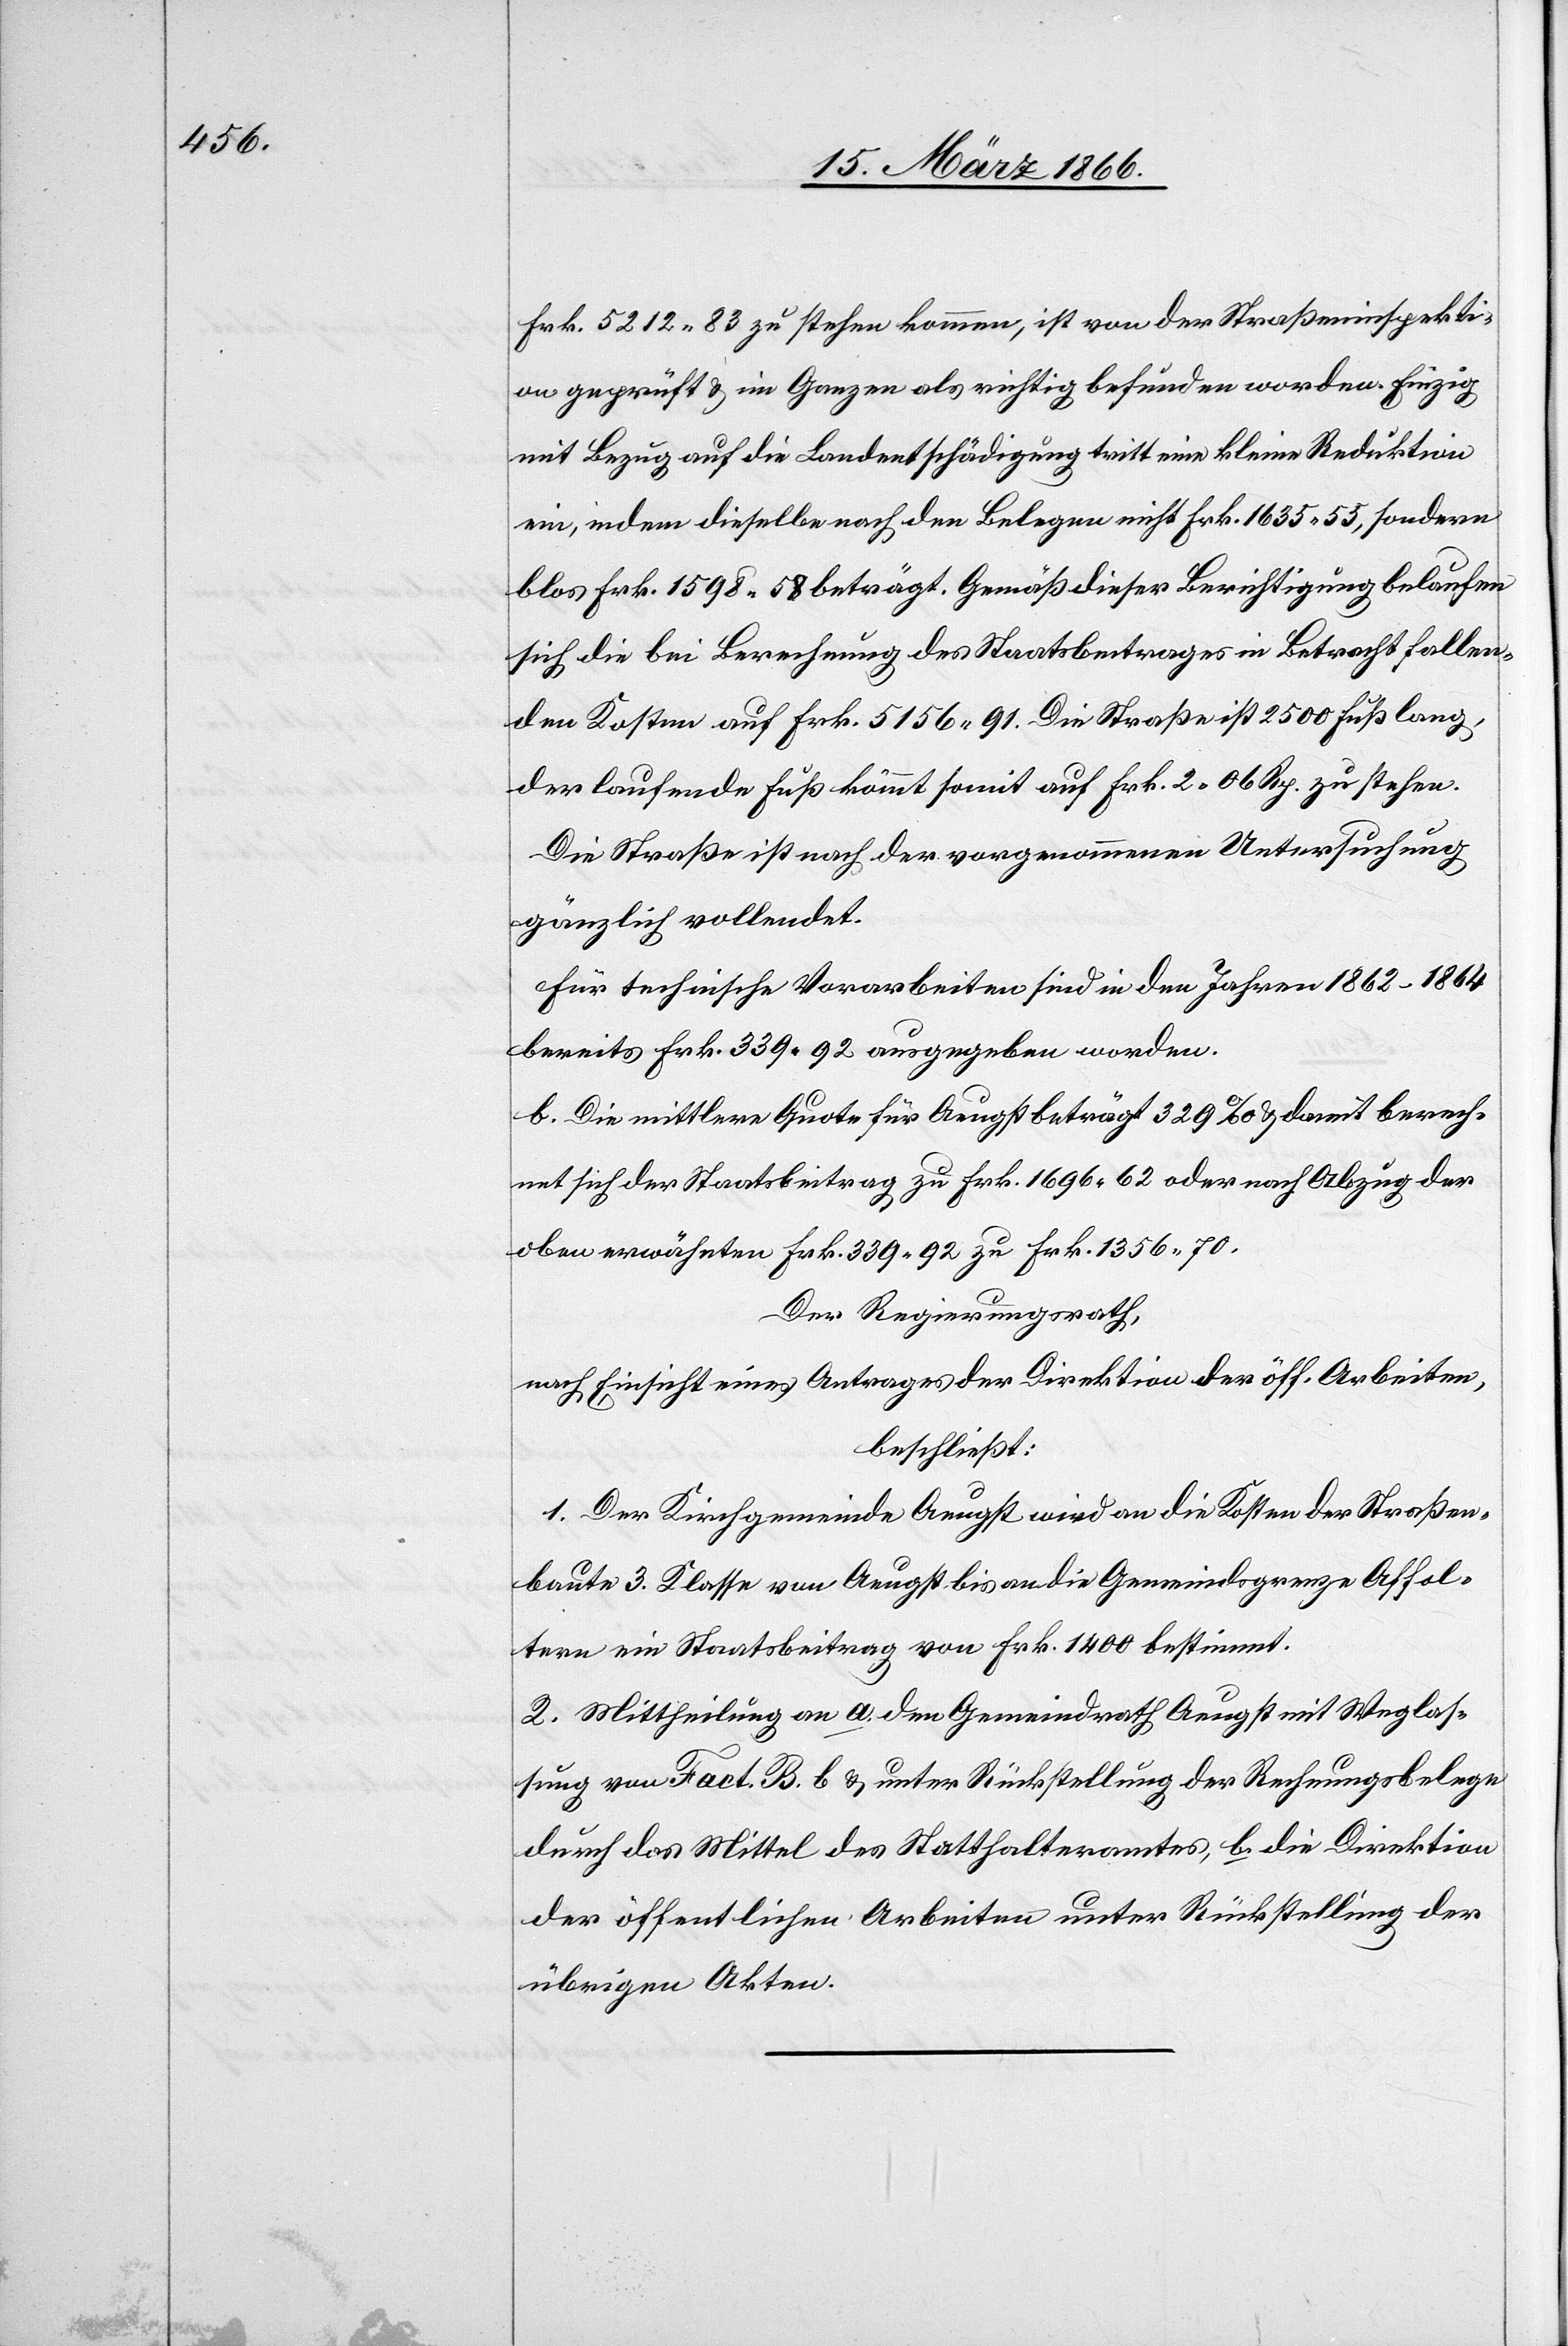
Frk. 5212.83 zu stehen kommen, ist von der Straßeninspekti¬
on geprüft u. im Ganzen als richtig befunden worden. Einzig
mit Bezug auf die Landentschädigung tritt eine kleine Reduktion
ein, indem dieselbe nach den Belegen nicht Frk. 1635,55, sondern
blos Frk. 1598,58 beträgt. Gemäß dieser Berichtigung belaufen
sich die bei Berechnung des Staatsbeitrages in Betracht fallen¬
den Kosten auf Frk. 5156,91. Die Straße ist 2500 Fuß lang,
der laufende Fuß kommt somit auf Frk. 2,06 Rp. zu stehen.
Die Straße ist nach der vorgenommenen Untersuchung
gänzlich vollendet.
Für technische Vorarbeiten sind in den Jahren 1862–1864
bereits Frk. 339,92 ausgegeben worden.
b. Die mittlere Quote für Aeugst beträgt 329 ‰ u. damit berech¬
net sich der Staatsbeitrag zu Frk. 1696,62 oder nach Abzug der
oben erwähnten Frk. 339,92 zu Frk. 1356,70.
Der Regierungsrath,
nach Einsicht eines Antrages der Direktion der öff. Arbeiten,
beschließt:
1. Der Kirchgemeinde Aeugst wird an die Kosten der Straßen¬
baute 3. Klasse von Aeugst bis an die Gemeindsgrenze Affol¬
tern ein Staatsbeitrag von Frk. 1400 bestimmt.
2. Mittheilung an a. den Gemeindrath Aeugst mit Weglas¬
sung von Fact. B. b. u. unter Rückstellung der Rechnungsbelege
durch das Mittel des Statthalteramtes, b. die Direktion
der öffentlichen Arbeiten unter Rückstellung der
übrigen Akten.